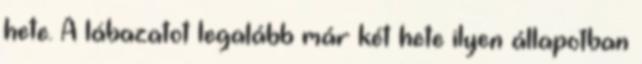
hete. A lábazatot legalább már két hete ilyen állapotban